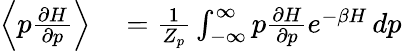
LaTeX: \begin{array}{rl}{\left\langle p\frac{\partial H}{\partial p}\right\rangle}&{{}=\frac{1}{Z_{p}}\int_{-\infty}^{\infty}p\frac{\partial H}{\partial p}e^{-\beta H}\, dp}\end{array}